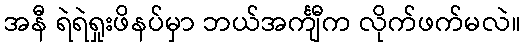
အနီ ရဲရဲရှုးဖိနပ်မှာ ဘယ်အင်္ကျီက လိုက်ဖက်မလဲ။